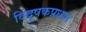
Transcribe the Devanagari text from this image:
विदूषकप्रधान